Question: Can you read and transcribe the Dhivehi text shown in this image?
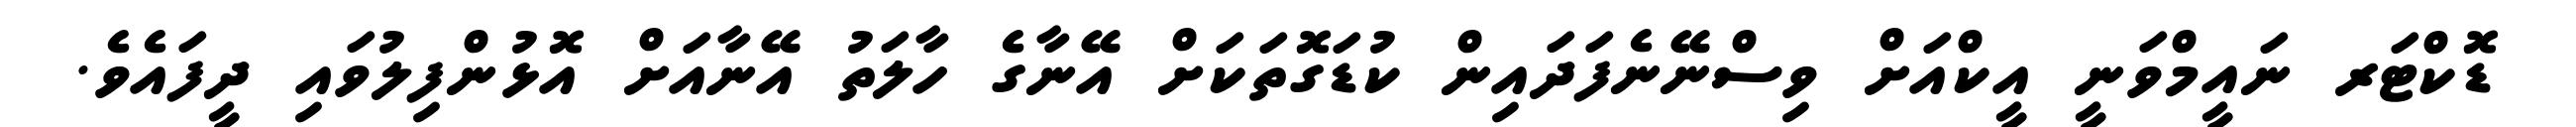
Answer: ޑޮކްޓަރ ނައީމްވަނީ އީކްއަށް ވިސްނޭނެފަދައިން ކުޑަގޮތަކަށް އޭނާގެ ހާލަތު އޭނާއަށް އޮޅުންފިލުވައި ދީފައެވެ.